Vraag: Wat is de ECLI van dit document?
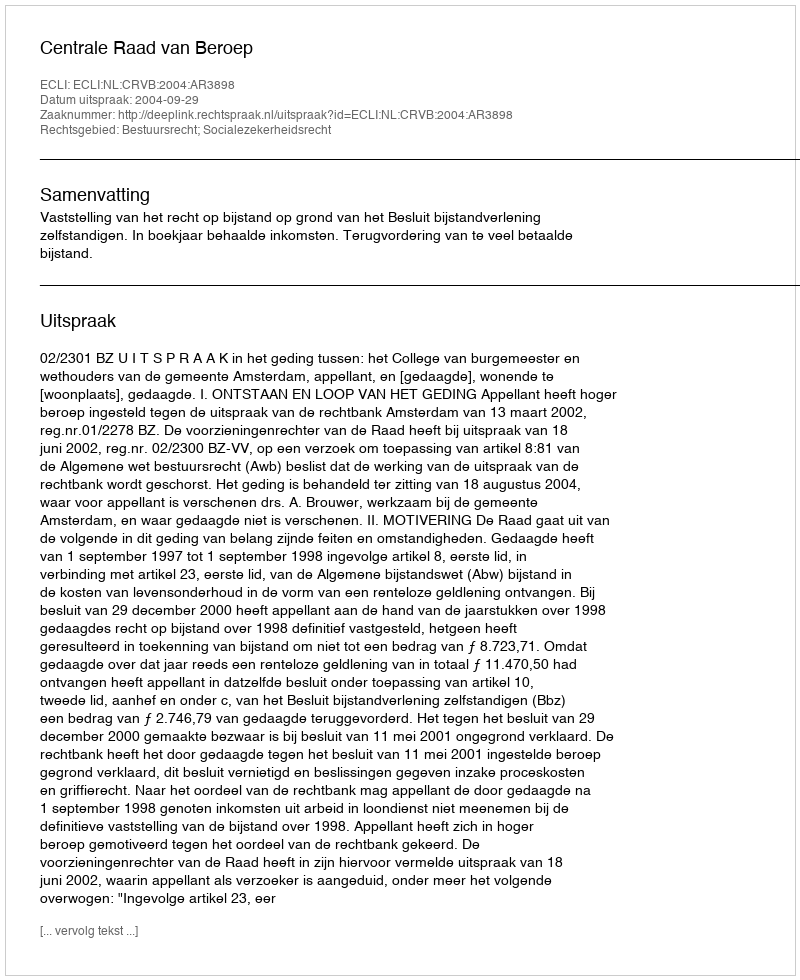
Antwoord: ECLI:NL:CRVB:2004:AR3898